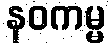
နဝကမ္မ